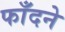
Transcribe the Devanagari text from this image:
फाँदने